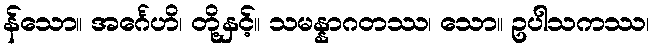
န်သော။ အင်္ဂေဟိ၊ တို့နှင့်။ သမန္နာဂတဿ၊ သော။ ဥပါသကဿ၊